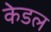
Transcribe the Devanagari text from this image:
केडल